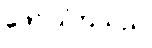
ဖော်ပြကြသည်